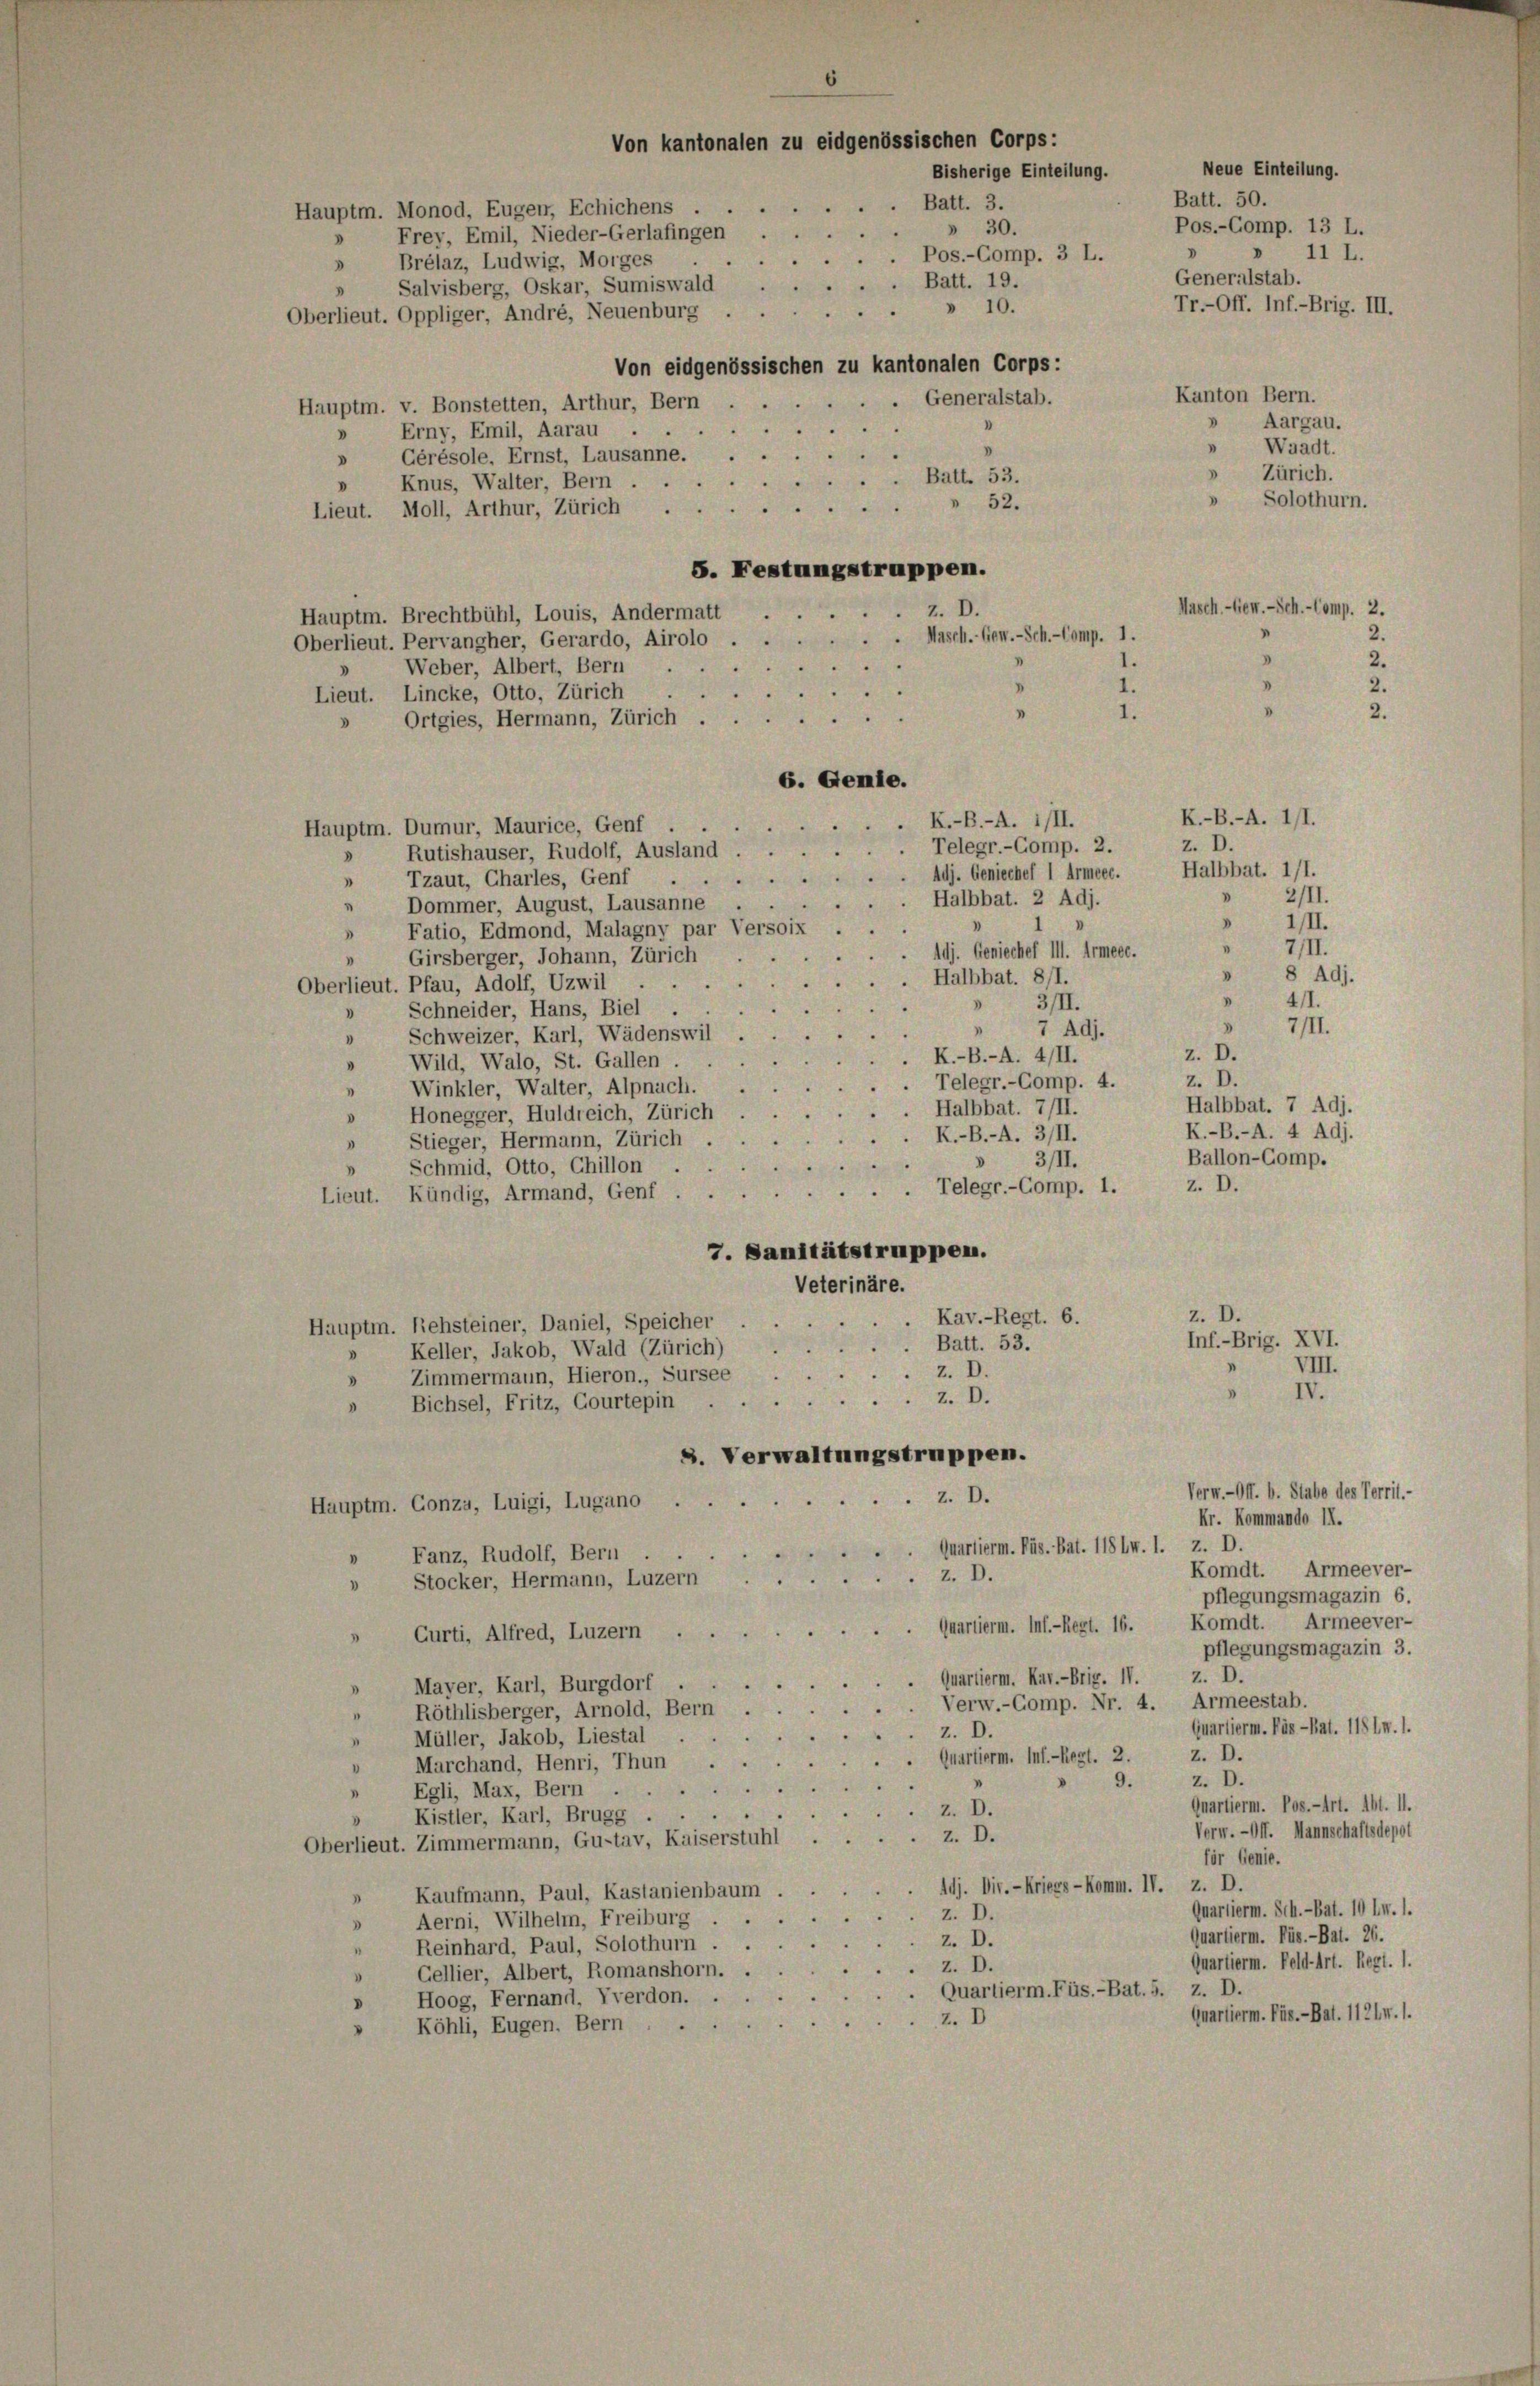
Hauptm. Monod, Eugen, Echichens
Frey, Emil, Nieder-Gerlafingen
.. Pos.-Comp. 3 L.
Brélaz, Ludwig, Morges
d
.. Batt. 19.
Salvisberg, Oskar, Sumiswald
.» 10.
Oberlieut. Oppliger, André, Neuenburg
Von eidgenössischen zu kantonalen Corps:
Generalstab.
Hauptm. v. Bonstetten, Arthur, Bern
Erny, Emil, Aarau
3
» Gérésole. Ernst, Lausanne.
Batt. 53.
Knus, Walter, Bern
Lieut. Moll, Arthur, Zürich 52.
5. Festungstruppen.
z. D.
Hauptm. Brechtbühl, Louis, Andermatt
Masch.-Gew.-Sch.-Comp. 1.
Oberlieut. Pervangher, Gerardo, Airolo
Weber, Albert, Bern
 1.
.
Lieut. Lincke, Otto, Zürich
1.
2
Ortgies, Hermann, Zürich
6. Genie.
Hauptm. Dumur, Maurice, Genf
Telegr.-Comp. 2.
Rutishäuser, Rudolf, Ausland
8
Adj. Geniechef I Armeec.
 Tzaut, Charles, Genf .
Halbbat. 2 Adj.
Dommer, August, Lausanne
Fatio, Edmond, Malagny par Versois
Adj. Geniechef II. Armese.
Girsberger, Johann, Zürich
Halbbat. 811.
Oberlieut. Pfau, Adolf, Uzwil
3/II.
Schneider, Hans, Biel
 7 Adj.
Schweizer, Karl, Wädenswil
.
K.-B.-A. 4/II.
2
Wild, Walo, St. Gallen
.. Telegr.-Comp. 4.
Winkler, Walter, Alpnach.
3
Halbbat. 7/II.
Honegger, Huldreich, Zürich
K.-B.-A. 3/II.
» Stieger, Hermann, Zürich
» 3/II.
» Schmid, Otto, Chillon .
.. Telegr.-Comp. 1.
Lieut. Kündig, Armand, Genf
7. Sanitätstruppen.
Veterinäre.
z. D.
Kav.-Regt. 6.
Hauptm. Rehsteiner, Daniel, Speicher
Inf.-Brig. XVI.
Batt. 53.
Keller, Jakob, Wald (Zürich)
VIII.
z. D.
Zimmermann, Hieron., Sursee
3
IV.
Z. D.
Bichsel, Fritz, Courtepin
8. Verwaltungstruppen.
Verm.-Off. b. Stabe des Territ.-
z. D.
Hauptm. Gonza, Luigi, Lugano
Fr. Kommando II.
 Quartierm. Püs. Bat. 118 lw. l. z. D.
d
Fanz, Rudolf, Bern
1
Komdt. Armeever-
Stocker, Hermann, Luzernz. D.
1
pflegungsmagazin 6.
Komdt. Armeever-
Quartierm. Inf.-Regt. 16.
 Curti, Alfred, Luzern .
pflegungsmagazin 3.
Quartierm. Kar.-Brig. IV. z. D.
Mayer, Karl, Burgdorf
.
Verw.-Comp. Nr. 4. Armeestab.
Röthlisberger, Arnold, Bern.
Quartierm. Päs-Rat. 115 l. 1.
z. D.
Müller, Jakob, Liestal
z. D.
Quartierm. Inf.-Regt. 2.
Marchand, Henri, Thun
z. D.
9.
Egli, Max, Bern ..
Quartierm. Pos.-Art. Abt. 11.
z. D.
Kistler, Karl, Brugg . .
Verw. - Off. Mannschaftsdepot
z. D.
Oberlieut. Zimmermann, Gustav, Kaiserstuhl
für Genie.
Adj. Dir. - Kriegs-Komm. IV. z. D.
 Kaufmann, Paul, Kastanienbaum
Quartierm. Sch.-Bat. 10 l. 1.
z. D.
Aerni, Wilhelm, Freiburg.
3
Quartierm. Püs.-Bat. 26.
z. D.
" Reinhard, Paul, Solothurn
Quartierm. Feld-Art. Regi. 1.
z. D.
 Gellier, Albert, Romanshorn.
Quartierm. Füs.-Bat. 5. z. D.
Hoog, Fernand, Yverdon.
D
Quartierm. Püs.-Bat. 112lw.1.
z. D
Köhli, Eugen. Bern

Von kantonalen zu eidgenössischen Corps:
Bisherige Einteilung.
Batt. 3.
.
» 30.

K.-B.-A. i/II.

Neue Einteilung.
Batt. 50.
Pos.-Comp. 13 L.
 11 L.
Generalstab.
Tr.-Off. Inf.-Brig. III.
Kanton Bern.
Aargau.
3
Waadt.
Zürich.
Solothurn.

z. D.
"

Masch.-Ger. - Sch. - Comp. 2.
2.
2.

K.-B.-A. 1/1.
Halbbat. 111.
» 1/II.
z. D.
z. D.
Halbbat. 7 Adj.
K.-B.-A. 4 Adj.
Ballon-Comp.
z. D.

2/II.

7/II.
 411.
» 7/II.

» 8 Adj.

2.
2.